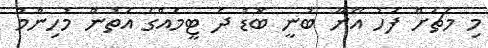
މި މެޗަށް ފަހު އޭނާ ބުނީ ބޮޑު ދެ ޓީމެއްގެ އަތުން މުހިންމު